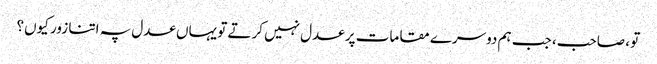
تو ، صاحب، جب ہم دوسرے مقامات پر عدل نہیں کرتے تو یہاں عدل پہ اتنا زور کیوں؟